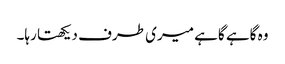
وہ گاہے گاہے میری طرف دیکھتا رہا۔